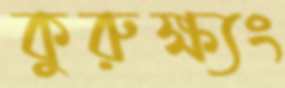
কুরুক্ষ্যং